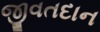
જીવતદાન